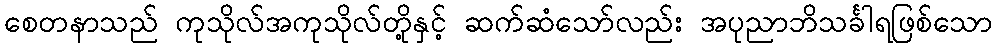
စေတနာသည် ကုသိုလ်အကုသိုလ်တို့နှင့် ဆက်ဆံသော်လည်း အပုညာဘိသင်္ခါရဖြစ်သော